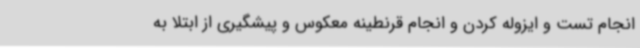
انجام تست و ایزوله کردن و انجام قرنطینه معکوس و پیشگیری از ابتلا به